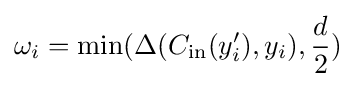
\omega _{i}=\min(\Delta (C_{\text{in}}(y_{i}'),y_{i}),{d \over 2})